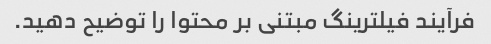
فرآیند فیلترینگ مبتنی بر محتوا را توضیح دهید.